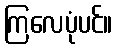
ကြလေပုံပင်။